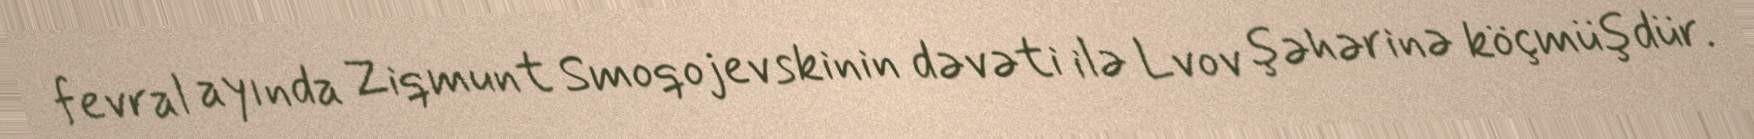
fevral ayında Ziqmunt Smoqojevskinin dəvəti ilə Lvov şəhərinə köçmüşdür.